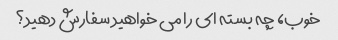
خوب، چه بسته ای را می خواهید سفارش دهید؟